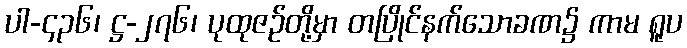
ပါ-၄၃၆၊ ဋ္ဌ-၂၇၆၊ ပုထုဇဉ်တို့မှာ တပြိုင်နက်သောခဏ၌ ကာမ ရူပ